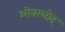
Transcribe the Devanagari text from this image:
ओवरलोद